Annual report of the Punjab Veterinary College and of the Civil Veterinary Department, Punjab - 1894-1908
Year: 1894
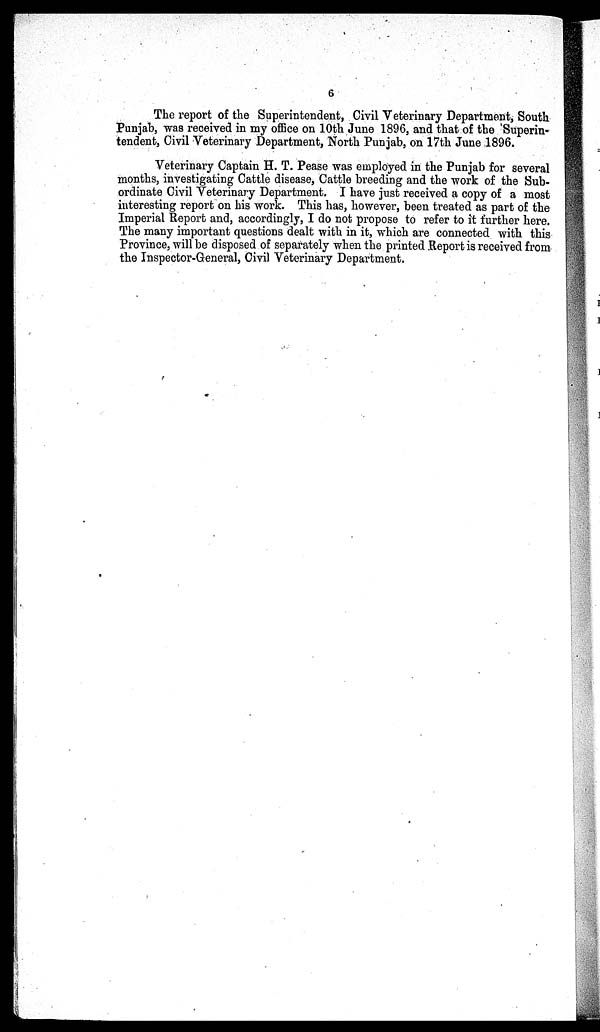
6
The report of the Superintendent, Civil Veterinary Department, South
Punjab, was received in my office on 10th June 1896, and that of the Superin-
tendent, Civil Veterinary Department, North Punjab, on 17th June 1896.
Veterinary Captain H. T. Pease was employed in the Punjab for several
months, investigating Cattle disease, Cattle breeding and the work of the Sub-
ordinate Civil Veterinary Department. I have just received a copy of a most
interesting report on his work. This has, however, been treated as part of the
Imperial Report and, accordingly, I do not propose to refer to it further here.
The many important questions dealt with in it, which are connected with this
Province, will be disposed of separately when the printed Report is received from
the Inspector-General, Civil Veterinary Department.